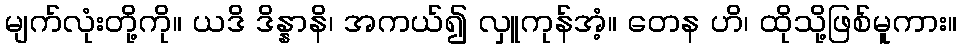
မျက်လုံးတို့ကို။ ယဒိ ဒိန္နာနိ၊ အကယ်၍ လှူကုန်အံ့။ တေန ဟိ၊ ထိုသို့ဖြစ်မူကား။